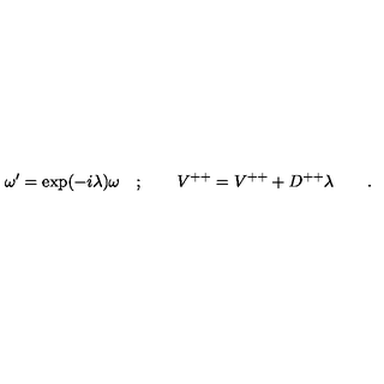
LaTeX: \omega ^ { \prime } = \exp ( - i \lambda ) \omega \quad ; \qquad V ^ { + + } = V ^ { + + } + D ^ { + + } \lambda \qquad .